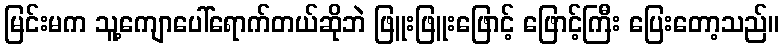
မြင်းမက သူ့ကျောပေါ်ရောက်တယ်ဆိုဘဲ ဖြူးဖြူးဖြောင့် ဖြောင့်ကြီး ပြေးတော့သည်။